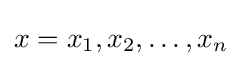
x=x_{1},x_{2},\dotsc ,x_{n}